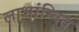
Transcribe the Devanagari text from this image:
लाभांन्वित